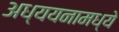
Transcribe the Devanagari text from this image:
अध्ययनामध्ये